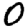
Digit: 0